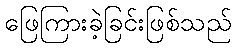
ဖြေကြားခဲ့ခြင်းဖြစ်သည်